Document type: Dowry acquittance
Year: 1427
Scribe: Pere Tarafa
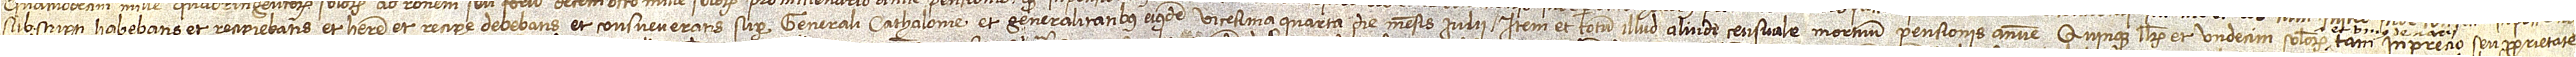
subscripti habebatis et recipiebatis et habere et recipere debebatis et consueveratis super Generali Cathalonie et generalitatibus eiusdem vicesima quarta die mensis iulii; item, et totum illud aliud censuale mortuum pensionis annue quinque librarum et undecim solidorum  tan in precio seu proprietate